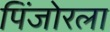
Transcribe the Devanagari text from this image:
पिंजोरला